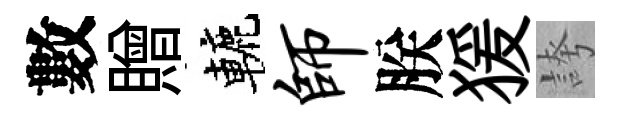
數贈轆师朕猨誇